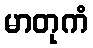
မာတုကံ